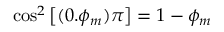
\smash { \cos ^ { 2 } { \left[ ( 0 . \phi _ { m } ) \pi \right] } } = 1 - \phi _ { m }